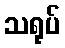
သရုပ်